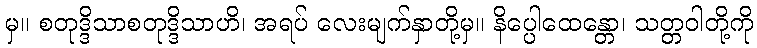
မှ။ စတုဒ္ဒိသာစတုဒ္ဒိသာဟိ၊ အရပ် လေးမျက်နှာတို့မှ။ နိပ္ပေါထေန္တော၊ သတ္တဝါတို့ကို